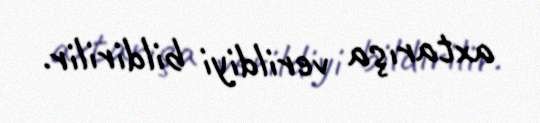
axtarışa verildiyi bildirilir.